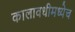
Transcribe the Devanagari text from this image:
कालावधीमध्येच